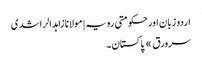
اردو زبان اور حکومتی رویہ | مولانا زاہد الراشدی
سرورق » پاکستان ۔